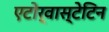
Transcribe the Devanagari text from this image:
एटोर्वास्टेटिन